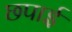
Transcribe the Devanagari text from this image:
छपार्इ